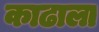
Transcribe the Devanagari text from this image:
काढाला